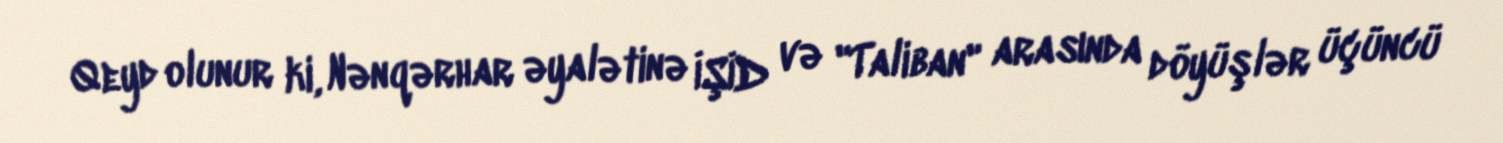
Qeyd olunur ki, Nənqərhar əyalətinə İŞİD və "Taliban" arasında döyüşlər üçüncü